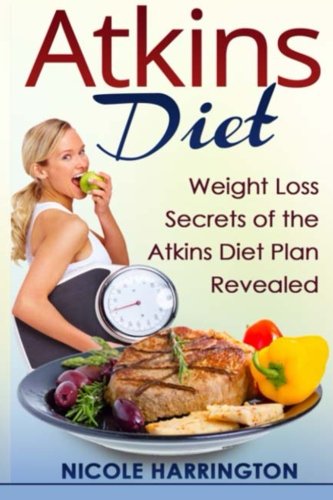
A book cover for Atkins Diet: Weight Loss Secrets of the Atkins Diet Plan Revealed; Nicole Harrington; Health, Fitness & Dieting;